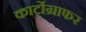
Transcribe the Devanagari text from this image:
कार्टोग्राफर